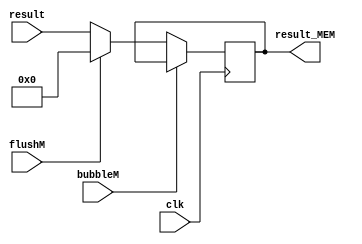
`timescale 1ns / 1ps
//  
    // EX\MEMALUPC
// 
    // clk               
    // result            ALUPC
    // bubbleM           MEMbubble
    // flushM            MEMflush
// 
    // result_MEM       
//   
    // 

module Result_MEM(
    input wire clk, bubbleM, flushM,
    input wire [31:0] result,
    output reg [31:0] result_MEM
    );

    initial result_MEM = 0;
    
    always@(posedge clk)
        if (!bubbleM) 
        begin
            if (flushM)
                result_MEM <= 32'h0;
            else 
                result_MEM <= result;
        end
    
endmodule